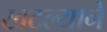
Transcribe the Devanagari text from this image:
खटल्याने